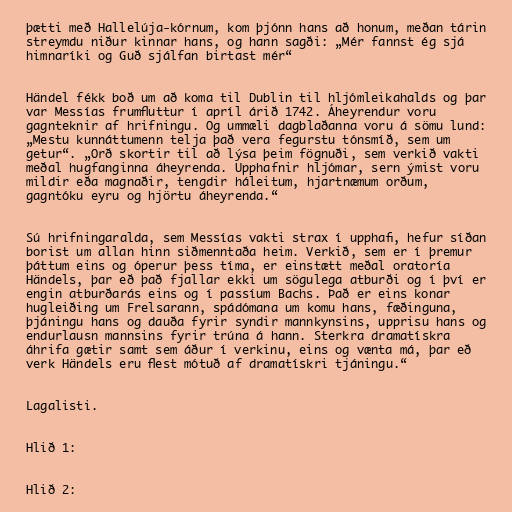
þætti með Hallelúja-kórnum, kom þjónn hans að honum, meðan tárin
streymdu niður kinnar hans, og hann sagði: „Mér fannst ég sjá
himnaríki og Guð sjálfan birtast mér“

Händel fékk boð um að koma til Dublin til hljómleikahalds og þar
var Messías frumfluttur í apríl árið 1742. Áheyrendur voru
gagnteknir af hrifningu. Og ummæli dagblaðanna voru á sömu lund:
„Mestu kunnáttumenn telja það vera fegurstu tónsmíð, sem um
getur“. „Orð skortir til að lýsa þeim fögnuði, sem verkið vakti
meðal hugfanginna áheyrenda. Upphafnir hljómar, sern ýmist voru
mildir eða magnaðir, tengdir háleitum, hjartnæmum orðum,
gagntóku eyru og hjörtu áheyrenda.“

Sú hrifningaralda, sem Messías vakti strax í upphafi, hefur síðan
borist um allan hinn siðmenntaða heim. Verkið, sem er í þremur
þáttum eins og óperur þess tíma, er einstætt meðal oratoría
Händels, þar eð það fjallar ekki um sögulega atburði og í því er
engin atburðarás eins og í passíum Bachs. Það er eins konar
hugleiðing um Frelsarann, spádómana um komu hans, fæðinguna,
þjáningu hans og dauða fyrir syndir mannkynsins, upprisu hans og
endurlausn mannsins fyrir trúna á hann. Sterkra dramatískra
áhrifa gætir samt sem áður í verkinu, eins og vænta má, þar eð
verk Händels eru flest mótuð af dramatískri tjáningu.“

Lagalisti.

Hlið 1:

Hlið 2: